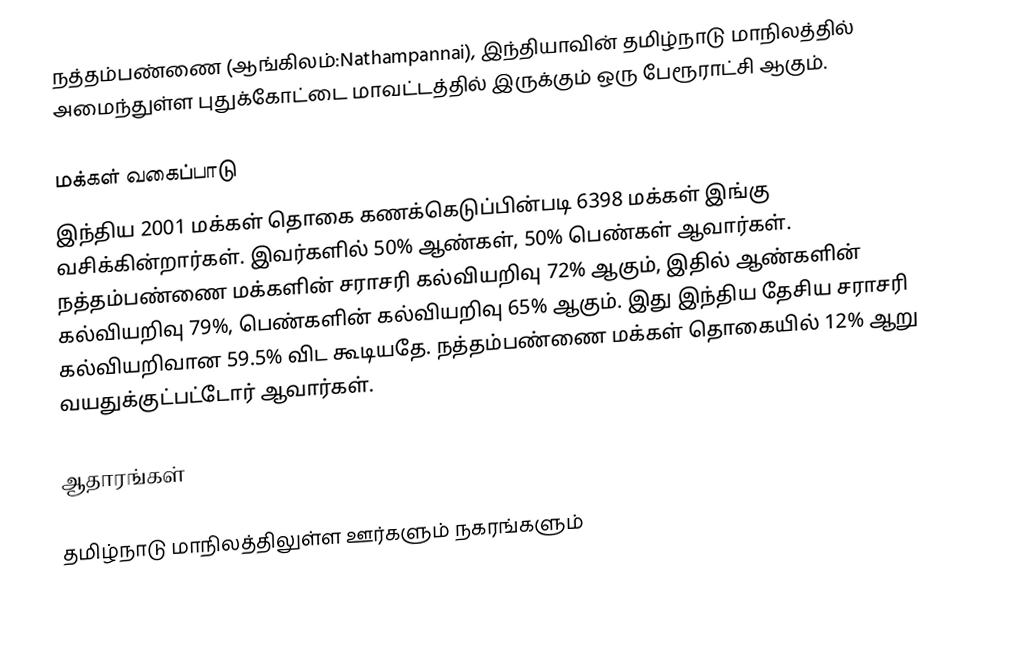
நத்தம்பண்ணை (ஆங்கிலம்:Nathampannai), இந்தியாவின் தமிழ்நாடு மாநிலத்தில் அமைந்துள்ள புதுக்கோட்டை மாவட்டத்தில் இருக்கும் ஒரு பேரூராட்சி ஆகும்.

மக்கள் வகைப்பாடு
இந்திய 2001 மக்கள் தொகை கணக்கெடுப்பின்படி 6398 மக்கள் இங்கு வசிக்கின்றார்கள். இவர்களில் 50% ஆண்கள், 50% பெண்கள் ஆவார்கள். நத்தம்பண்ணை மக்களின் சராசரி கல்வியறிவு 72% ஆகும்,  இதில் ஆண்களின் கல்வியறிவு 79%,  பெண்களின் கல்வியறிவு 65% ஆகும். இது இந்திய தேசிய சராசரி கல்வியறிவான 59.5% விட கூடியதே. நத்தம்பண்ணை மக்கள் தொகையில் 12%  ஆறு வயதுக்குட்பட்டோர் ஆவார்கள்.

ஆதாரங்கள்

 தமிழ்நாடு மாநிலத்திலுள்ள ஊர்களும் நகரங்களும்